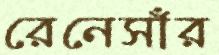
রেনেসাঁর